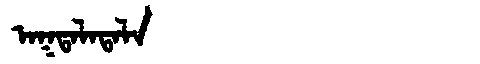
Manchu: ᠠᡴᡨᠠᠯᠠᡨᠠᠯᠠ
Romanization: AKTALATALA